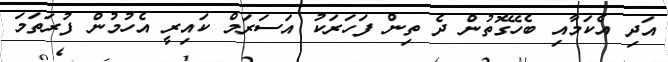
އަދި އެކަމާއި ބެހޭގޮތުން ދެ ތިން ފަހަރަކު އަސަރަމް ކައިރީ އެހުމުން ފުރަތަމަ